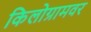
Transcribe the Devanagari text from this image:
किलोग्रामवर